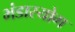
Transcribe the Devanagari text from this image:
भंडारयोग